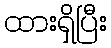
ထားရှိပြီး